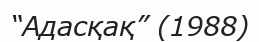
“Адасқақ” (1988)